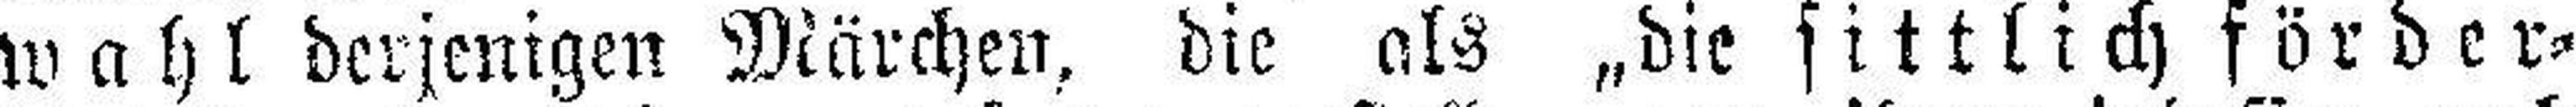
wahl derjenigen Märchen, die als „die sittlich förder¬